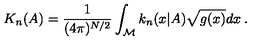
K _ { n } ( A ) = \frac { 1 } { ( 4 \pi ) ^ { N / 2 } } \int _ { \cal M } k _ { n } ( x | A ) \sqrt { g ( x ) } d x \: . \nonumber